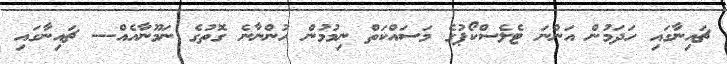
ޗައިނާގައި ހަދަމުން އަންނަ ޓެލެސްކޯޕުގެ މަސައްކަތް ނިމުމުން ހުންނާނެ ގޮތުގެ ނަމޫނާއެއް--- ޗައިނާގައި